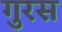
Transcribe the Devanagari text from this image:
गुरस